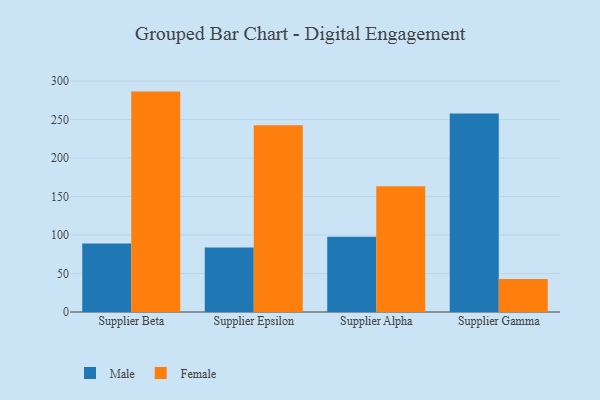
{"axis": {"x": "Supplier", "y": "Conversion Rate (%)"}, "legend": ["Female", "Male"], "data": [{"x": "Supplier Beta", "y": 88.9, "type": "Male"}, {"x": "Supplier Beta", "y": 286.3, "type": "Female"}, {"x": "Supplier Epsilon", "y": 83.9, "type": "Male"}, {"x": "Supplier Epsilon", "y": 242.5, "type": "Female"}, {"x": "Supplier Alpha", "y": 97.8, "type": "Male"}, {"x": "Supplier Alpha", "y": 163.3, "type": "Female"}, {"x": "Supplier Gamma", "y": 258.0, "type": "Male"}, {"x": "Supplier Gamma", "y": 42.8, "type": "Female"}]}